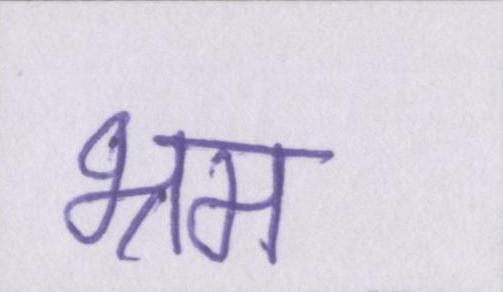
भ्रम